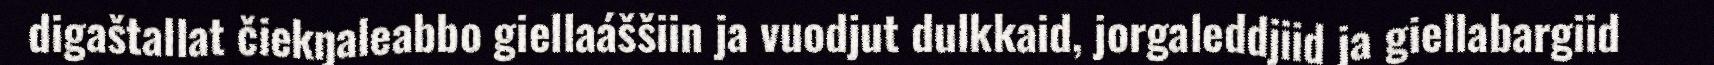
digaštallat čiekŋaleabbo giellaáššiin ja vuodjut dulkkaid, jorgaleddjiid ja giellabargiid